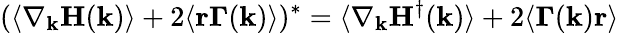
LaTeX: (\langle\nabla_{\mathbf{k}}\mathbf{H}(\mathbf{k})\rangle+2\langle\mathbf{r}\mathbf{\Gamma}(\mathbf{k})\rangle)^{*}=\langle\nabla_{\mathbf{k}}\mathbf{H}^{\dagger}(\mathbf{k})\rangle+2\langle\mathbf{\Gamma}(\mathbf{k})\mathbf{r}\rangle